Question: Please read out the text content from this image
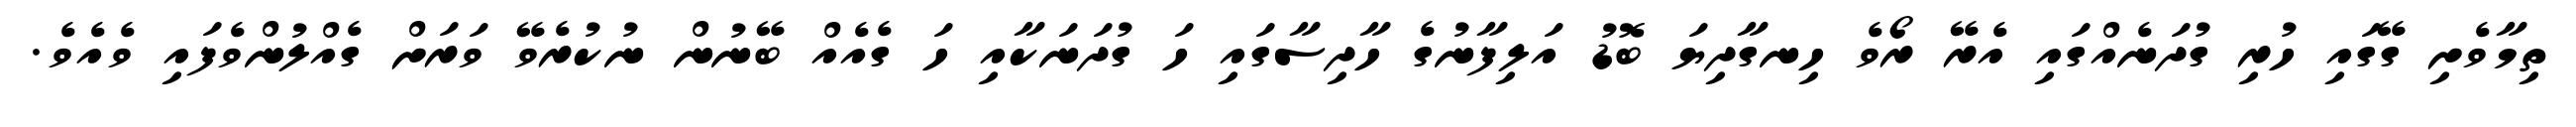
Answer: ތިމާވެށި ގޭގައި ހުރި ގުދަނެއްގައި އެރޭ ރޯވެ ހިނގާދިޔަ ބޮޑު އަލިފާނުގެ ހާދިސާގައި ހަ ގުދަނަކާއި ހަ ގެއެއް ބޭނުން ނުކުރެވޭ ވަރަށް ގެއްލުންވެފައި ވެއެވެ.